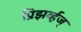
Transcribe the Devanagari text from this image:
प्रिझर्व्हज्